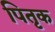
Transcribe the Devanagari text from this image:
पितृक